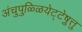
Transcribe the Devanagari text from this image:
अंचुपुळ्ळियेट्टेषु़त्तु